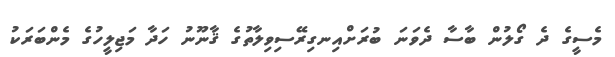
މެސީގެ ދެ ގޯލުން ބާސާ ދެވަނަ ބުރަށްއިނގިރޭސިވިލާތުގެ ޤާނޫނު ހަދާ މަޖިލީހުގެ މެންބަރަކު